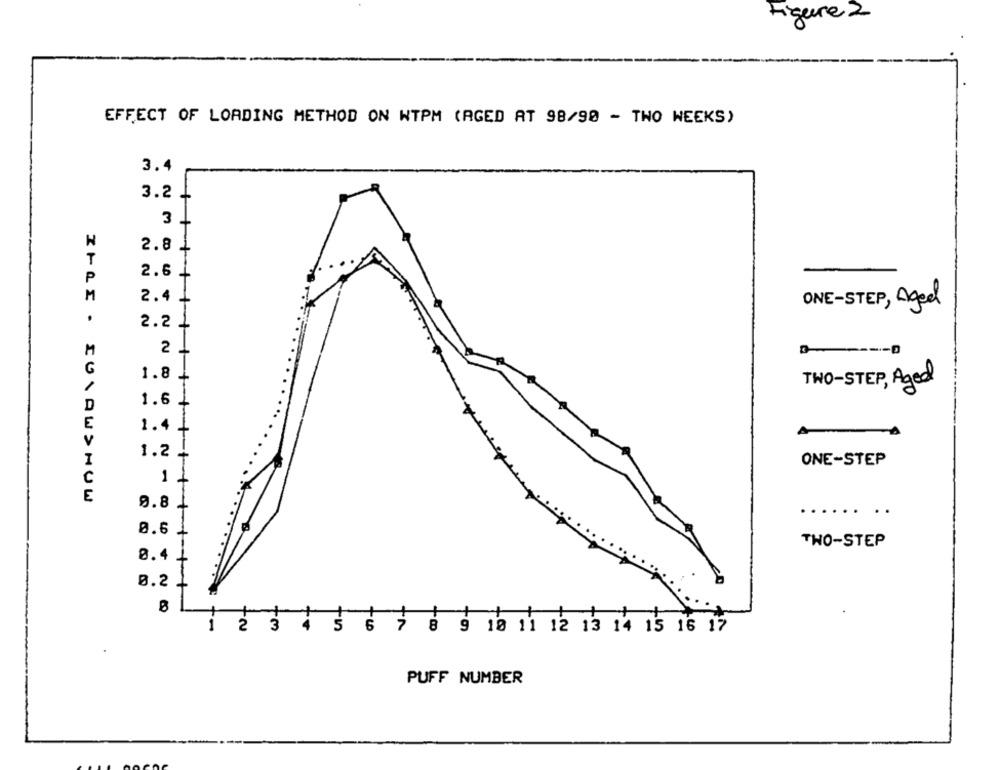
Ligure 2
EFFECT OF LOADING METHOD ON WTPM (AGED AT 98/90 - TWO WEEKS)
3.4
3.2
3
2.8
T
P
2.6
M
2.4
ONE-STEP, Aged
2.2
M
2
G
1.8
TWO-STEP, Aged
1.6
D
E
1.4
1.2
I
ONE-STEP
1
E
0.8
..
....
0.6
THO-STEP
8.4
0.2
6 3 6 9 10 11 12 13 1 .
1
2
PUFF NUMBER